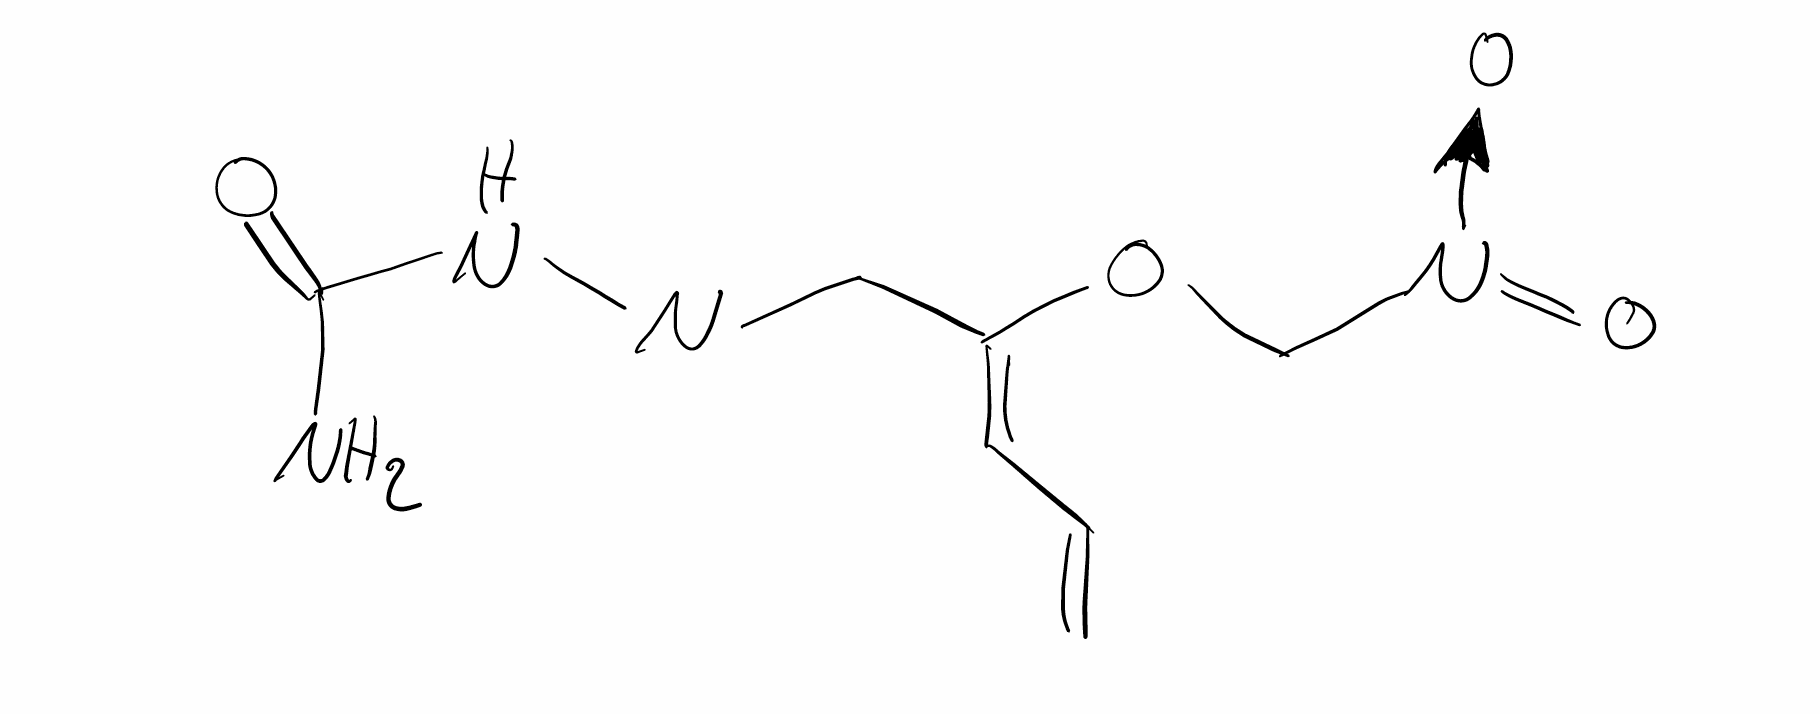
Simplified molecular-input line-entry system (SMILES) notation of the given molecule:
C=C/C=C(/C=N/NC(=O)N)\OC[N+](=O)[O-]